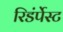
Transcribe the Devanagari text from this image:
रिडंर्पेस्ट